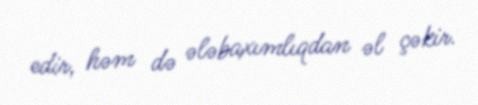
edir, həm də ələbaxımlıqdan əl çəkir.